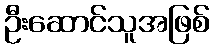
ဦးဆောင်သူအဖြစ်